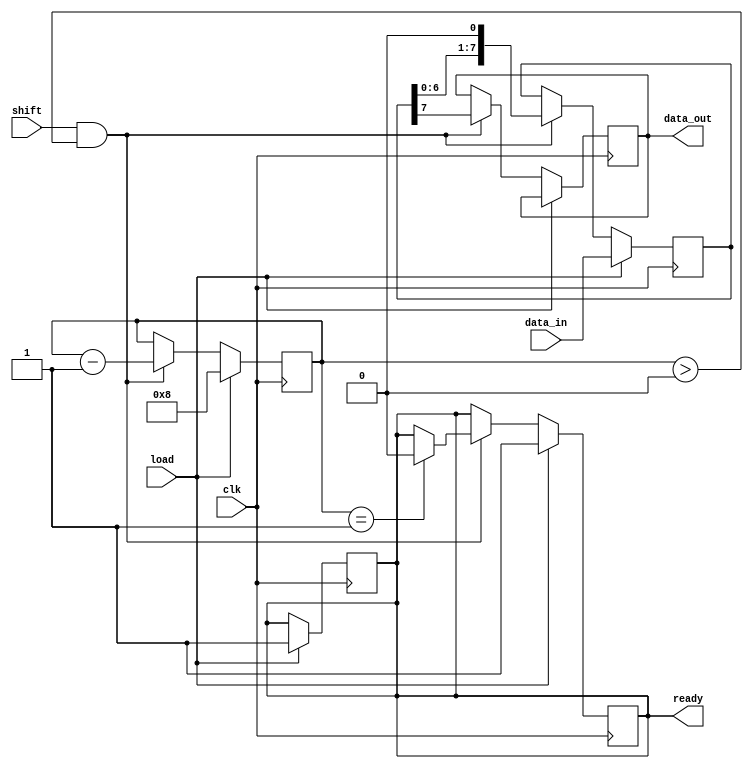
module PISO_Register #(
    parameter n = 8  // Width of the register
)(
    input wire clk,                // Clock signal
    input wire load,               // Load control signal
    input wire shift,              // Shift control signal
    input wire [n-1:0] data_in,    // Parallel input data bus
    output reg data_out,           // Serial output data line
    output reg ready               // Ready signal (optional)
);

    reg [n-1:0] shift_reg;         // Shift register to hold the data
    reg [3:0] count;               // Counter for shifting bits

    always @(posedge clk) begin
        if (load) begin
            // Load data into the shift register
            shift_reg <= data_in;
            count <= n;            // Set count to the width of the register
            ready <= 1'b1;         // Indicate that the register is ready
        end else if (shift && count > 0) begin
            // Shift data out when shift signal is high
            data_out <= shift_reg[n-1]; // Output the MSB (or LSB based on design)
            shift_reg <= {shift_reg[n-2:0], 1'b0}; // Shift left, LSB goes to 0
            count <= count - 1;    // Decrement the count
            if (count == 1) begin
                ready <= 1'b0;     // No more bits to shift out
            end
        end
    end

    // Optional: Reset functionality
    always @(posedge clk) begin
        if (load) begin
            ready <= 1'b1;         // Reset ready signal when loading
        end
    end

    // Optional: Asynchronous reset
    /*
    always @(posedge reset) begin
        shift_reg <= 0;           // Clear the shift register
        data_out <= 0;            // Clear the output
        count <= 0;               // Reset count
        ready <= 1'b0;            // Reset ready signal
    end
    */

endmodule